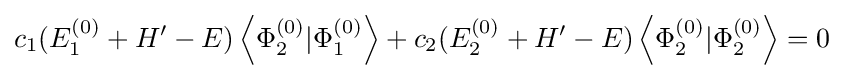
{{c}_{1}}(E_{1}^{(0)}+H'-E)\left\langle \Phi _{2}^{(0)}|\Phi _{1}^{(0)}\right\rangle +{{c}_{2}}(E_{2}^{(0)}+H'-E)\left\langle \Phi _{2}^{(0)}|\Phi _{2}^{(0)}\right\rangle =0